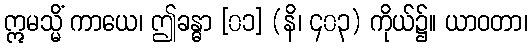
ဣမသ္မိံ ကာယေ၊ ဤခန္ဓာ [၀၁] (နိ၊ ၄၀၃) ကိုယ်၌။ ယာဝတာ၊